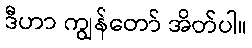
ဒီဟာ ကျွန်တော် အိတ်ပါ။